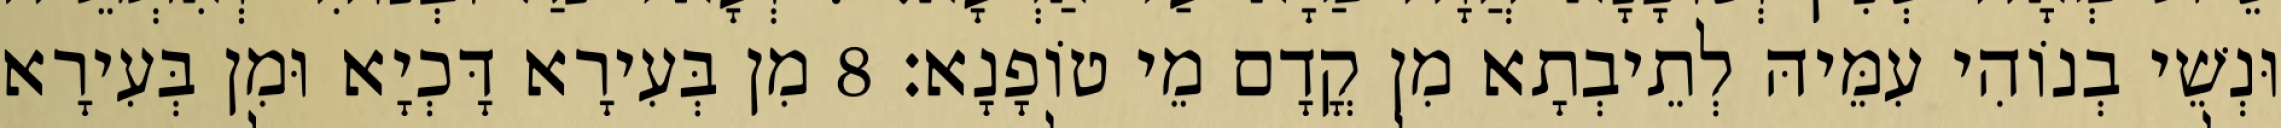
וּנְשֵׁי בְנוֹהִי עִמֵּיהּ לְתֵיבְתָא מִן קֳדָם מֵי טוֹפָנָא׃ 8 מִן בְּעִירָא דָּכְיָא וּמִן בְּעִירָא